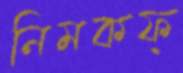
নিমকফ্